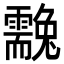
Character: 䨲